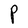
Character: P